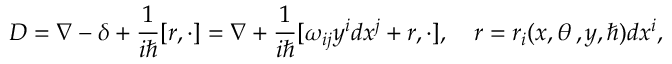
D = \nabla - \delta + \frac 1 { i \hbar } [ r , \cdot ] = \nabla + \frac 1 { i \hbar } [ \omega _ { i j } y ^ { i } d x ^ { j } + r , \cdot ] , \quad r = r _ { i } ( x , \theta \, , y , \hbar ) d x ^ { i } ,